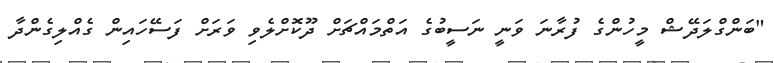
"ބަންގްލަދޭޝް މީހުންގެ ފުރާނަ ވަނީ ނަސީބުގެ އަތްމައްޗަށް ދޫކޮށްލެވި ވަރަށް ފަސޭހައިން ގެއްލިގެންދާ